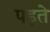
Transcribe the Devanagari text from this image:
पड्ते